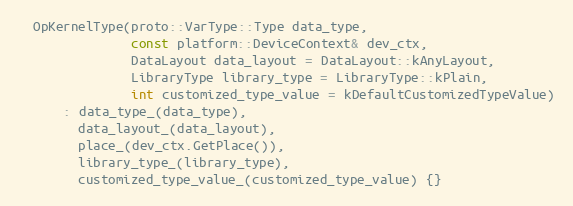
Language: C
  OpKernelType(proto::VarType::Type data_type,
               const platform::DeviceContext& dev_ctx,
               DataLayout data_layout = DataLayout::kAnyLayout,
               LibraryType library_type = LibraryType::kPlain,
               int customized_type_value = kDefaultCustomizedTypeValue)
      : data_type_(data_type),
        data_layout_(data_layout),
        place_(dev_ctx.GetPlace()),
        library_type_(library_type),
        customized_type_value_(customized_type_value) {}